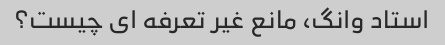
استاد وانگ، مانع غیر تعرفه ای چیست؟